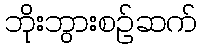
ဘိုးဘွားစဉ်ဆက်